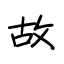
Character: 故